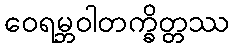
ဝေရမ္ဘဝါတက္ခိတ္တဿ